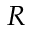
R